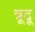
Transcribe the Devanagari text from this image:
त्रूदू